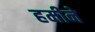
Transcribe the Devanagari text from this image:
हमीने